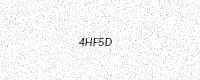
Text: 4HF5D